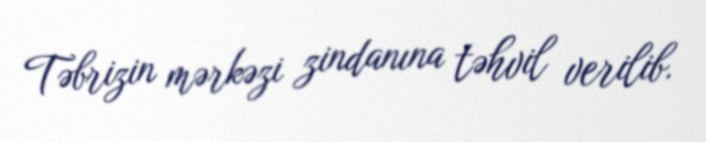
Təbrizin mərkəzi zindanına təhvil verilib.